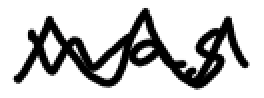
Text: was
Cross-out: zig-zag
Writing tool: digital_black